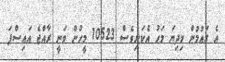
އެ ގައުމުން މިދިޔަ މަހު އެކަނިވެސް 10523 މީހުން ވަނީ ރާއްޖެ އައިސްފަ